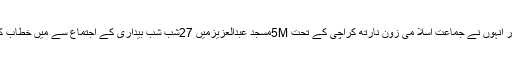
اس بات کا اظہار انہوں نے جماعت اسلا می زون نارتھ کراچی کے تحت 5Mمسجد عبدالعزیزمیں 27شب شب بیداری کے اجتماع سے میں خطاب کرتے ہوئے کیا۔